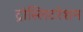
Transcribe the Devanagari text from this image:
ट्रांस्लिटरेशन